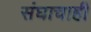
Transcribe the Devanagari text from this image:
संघाचाही